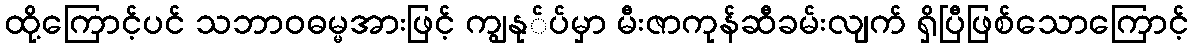
ထို့ကြောင့်ပင် သဘာဝဓမ္မအားဖြင့် ကျွနု်ပ်မှာ မီးဇာကုန်ဆီခမ်းလျက် ရှိပြီဖြစ်သောကြောင့်